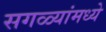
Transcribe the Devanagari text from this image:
सगळ्यांमध्ये